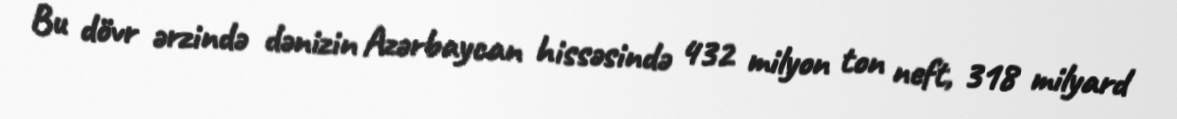
Bu dövr ərzində dənizin Azərbaycan hissəsində 432 milyon ton neft, 318 milyard